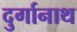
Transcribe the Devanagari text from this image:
दुर्गानाथ